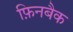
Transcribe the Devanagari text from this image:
फ़िनबैक